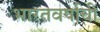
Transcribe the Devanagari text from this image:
भारतवर्षाची